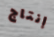
إنتاج